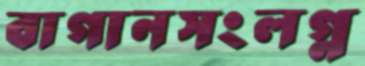
বাগানসংলগ্ন